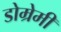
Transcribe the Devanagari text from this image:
डोम्रेमी